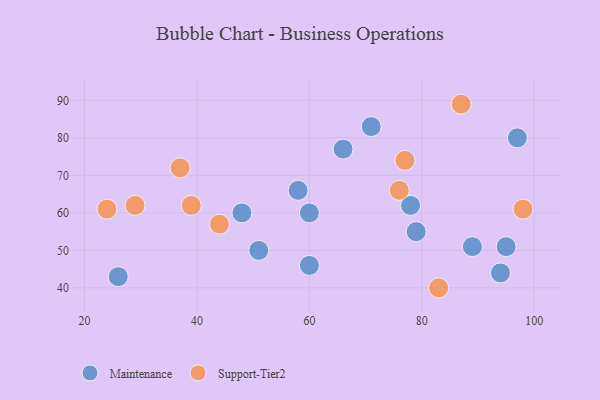
{"axis": {"x": "GDP", "y": "Life Expectancy"}, "legend": ["Maintenance", "Support-Tier2"], "data": [{"x": "89", "y": 51, "type": "Maintenance"}, {"x": "79", "y": 55, "type": "Maintenance"}, {"x": "26", "y": 43, "type": "Maintenance"}, {"x": "60", "y": 60, "type": "Maintenance"}, {"x": "66", "y": 77, "type": "Maintenance"}, {"x": "60", "y": 46, "type": "Maintenance"}, {"x": "97", "y": 80, "type": "Maintenance"}, {"x": "95", "y": 51, "type": "Maintenance"}, {"x": "71", "y": 83, "type": "Maintenance"}, {"x": "51", "y": 50, "type": "Maintenance"}, {"x": "78", "y": 62, "type": "Maintenance"}, {"x": "48", "y": 60, "type": "Maintenance"}, {"x": "58", "y": 66, "type": "Maintenance"}, {"x": "94", "y": 44, "type": "Maintenance"}, {"x": "98", "y": 61, "type": "Support-Tier2"}, {"x": "44", "y": 57, "type": "Support-Tier2"}, {"x": "37", "y": 72, "type": "Support-Tier2"}, {"x": "24", "y": 61, "type": "Support-Tier2"}, {"x": "83", "y": 40, "type": "Support-Tier2"}, {"x": "87", "y": 89, "type": "Support-Tier2"}, {"x": "29", "y": 62, "type": "Support-Tier2"}, {"x": "76", "y": 66, "type": "Support-Tier2"}, {"x": "77", "y": 74, "type": "Support-Tier2"}, {"x": "39", "y": 62, "type": "Support-Tier2"}]}